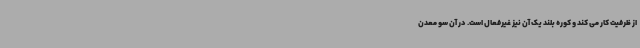
از ظرفیت کار می کند و کوره بلند یک آن نیز غیرفعال است. در آن سو معدن